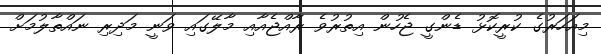
މިއަހަރުގެ ކުރީކޮޅު ޑެންގީ ޖެހުން އިތުރުވެ ރާއްޖެއާއި މާލޭގައި ވަނީ މަދިރި ނައްތާލުމަށް